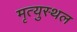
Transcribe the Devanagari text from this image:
मृत्युस्थल